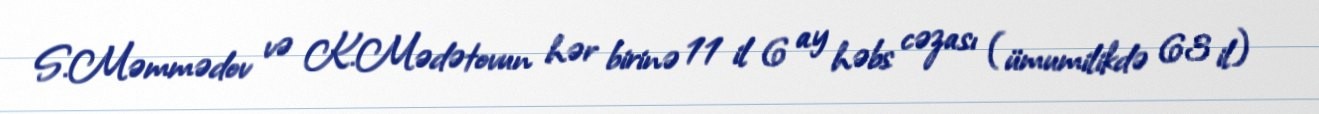
S.Məmmədov və K.Mədətovun hər birinə 11 il 6 ay həbs cəzası (ümumilikdə 63 il)